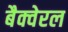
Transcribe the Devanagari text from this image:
बैक्वेरल